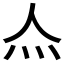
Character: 𤆋